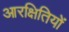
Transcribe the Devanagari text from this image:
आरक्षितियों